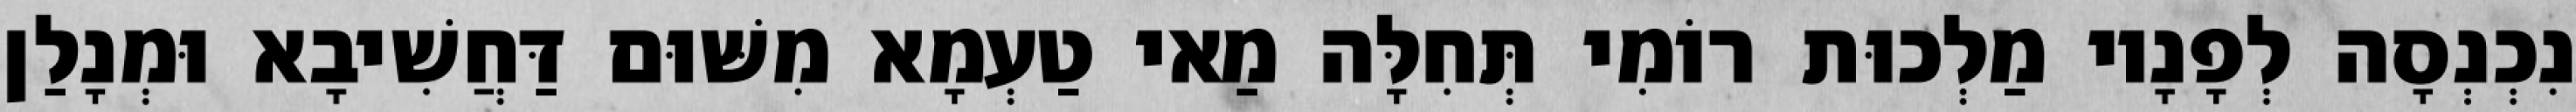
נִכְנְסָה לְפָנָיו מַלְכוּת רוֹמִי תְּחִלָּה מַאי טַעְמָא מִשּׁוּם דַּחֲשִׁיבָא וּמְנָלַן